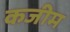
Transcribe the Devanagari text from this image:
कजीम